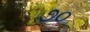
૭૦